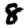
Digit: 8